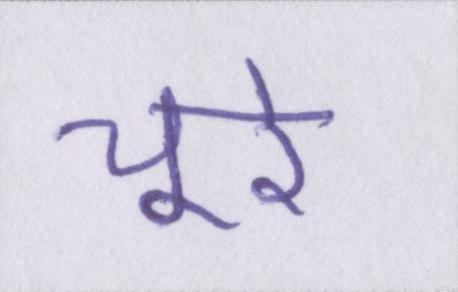
चूरे